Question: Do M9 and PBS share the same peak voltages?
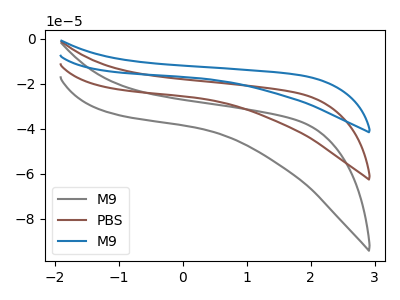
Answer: <think>The gray curve "M9" has no peaks. The brown curve "PBS" has no peaks. The blue curve "M9" has no peaks.</think>
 <answer>Niether CV has any peaks.</answer>
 <eval>blanks</eval>